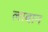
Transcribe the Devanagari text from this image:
लाबान